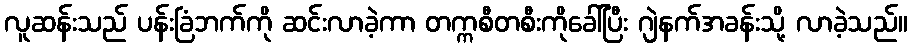
လူဆန်းသည် ပန်းခြံဘက်ကို ဆင်းလာခဲ့ကာ တက္ကစီတစီးကိုခေါ်ပြီး ဂျဲနက်အခန်းသို့ လာခဲ့သည်။